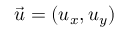
{ \vec { u } } = ( u _ { x } , u _ { y } )